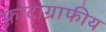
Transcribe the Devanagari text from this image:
फ़ोटोग्राफीय